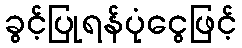
ခွင့်ပြုရန်ပုံငွေဖြင့်